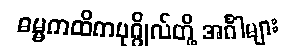
ဓမ္မကထိကပုဂ္ဂိုလ်တို့ အင်္ဂါများ